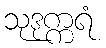
သုဒုက္ကရံ